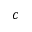
c